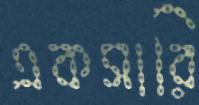
একসারি